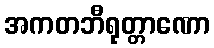
အကတဘီရုတ္တာဏော